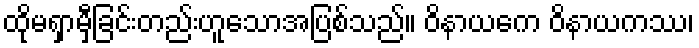
ထိုမရှာမှီခြင်းတည်းဟူသောအပြစ်သည်။ ဝိနာယကေ ဝိနာယကဿ၊